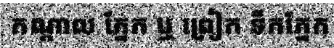
កណ្តាល ភ្នែក ឬ ព្រៀក ទឹកភ្នែក